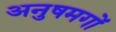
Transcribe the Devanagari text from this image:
अनुषमगों